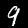
Digit: 9